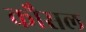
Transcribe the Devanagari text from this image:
कौसल